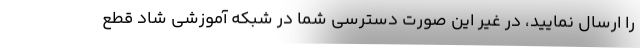
را ارسال نمایید، در غیر این صورت دسترسی شما در شبکه آموزشی شاد قطع